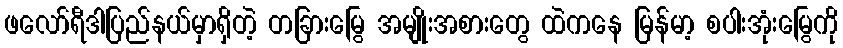
ဖလော်ရီဒါပြည်နယ်မှာရှိတဲ့ တခြားမြွေ အမျိုးအစားတွေ ထဲကနေ မြန်မာ့ စပါးအုံးမြွေကို